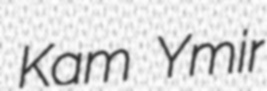
Kam Ymir